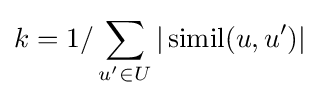
k=1/\sum _{u^{\prime }\in U}|\operatorname {simil} (u,u^{\prime })|